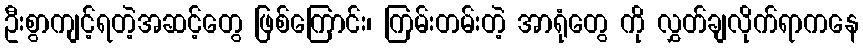
ဦးစွာကျင့်ရတဲ့အဆင့်တွေ ဖြစ်ကြောင်း၊ ကြမ်းတမ်းတဲ့ အာရုံတွေ ကို လွှတ်ချလိုက်ရာကနေ